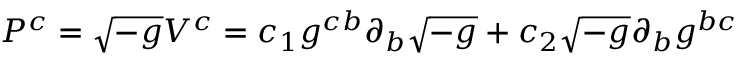
P ^ { c } = \sqrt { - g } V ^ { c } = c _ { 1 } g ^ { c b } \partial _ { b } \sqrt { - g } + c _ { 2 } \sqrt { - g } \partial _ { b } g ^ { b c }